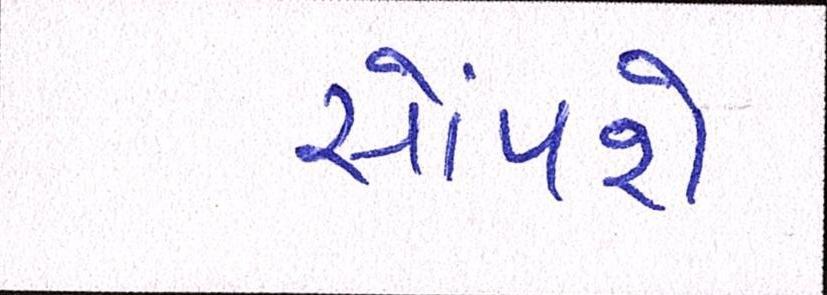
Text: સોંપશે